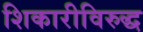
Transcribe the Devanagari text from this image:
शिकारीविरुद्ध